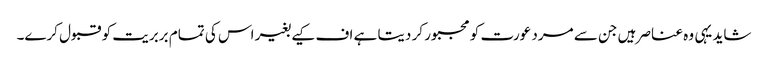
شاید یہی وہ عناصر ہیں جن سے مرد عورت کو مجبور کر دیتا ہے اف کیے بغیر اس کی تمام بربریت کو قبول کرے۔